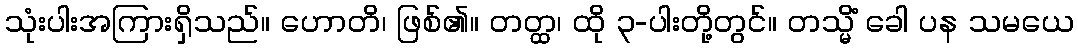
သုံးပါးအကြားရှိသည်။ ဟောတိ၊ ဖြစ်၏။ တတ္ထ၊ ထို ၃-ပါးတို့တွင်။ တသ္မိံ ခေါ ပန သမယေ